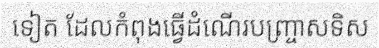
ទៀត ដែលកំពុងធ្វើដំណើរបញ្ច្រាសទិស